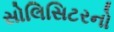
સોલિસિટરનો